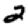
Digit: 2